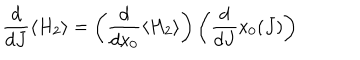
\frac { d } { d J } \langle H _ { 2 } \rangle = \left( \frac { d } { d \mathrm { x } _ { 0 } } \langle H _ { 2 } \rangle \right) \left( \frac { d } { d J } \mathrm { x } _ { 0 } ( J ) \right)